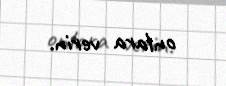
onlara verin.